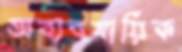
অব্যবসায়িক